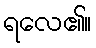
ရလေ၏။